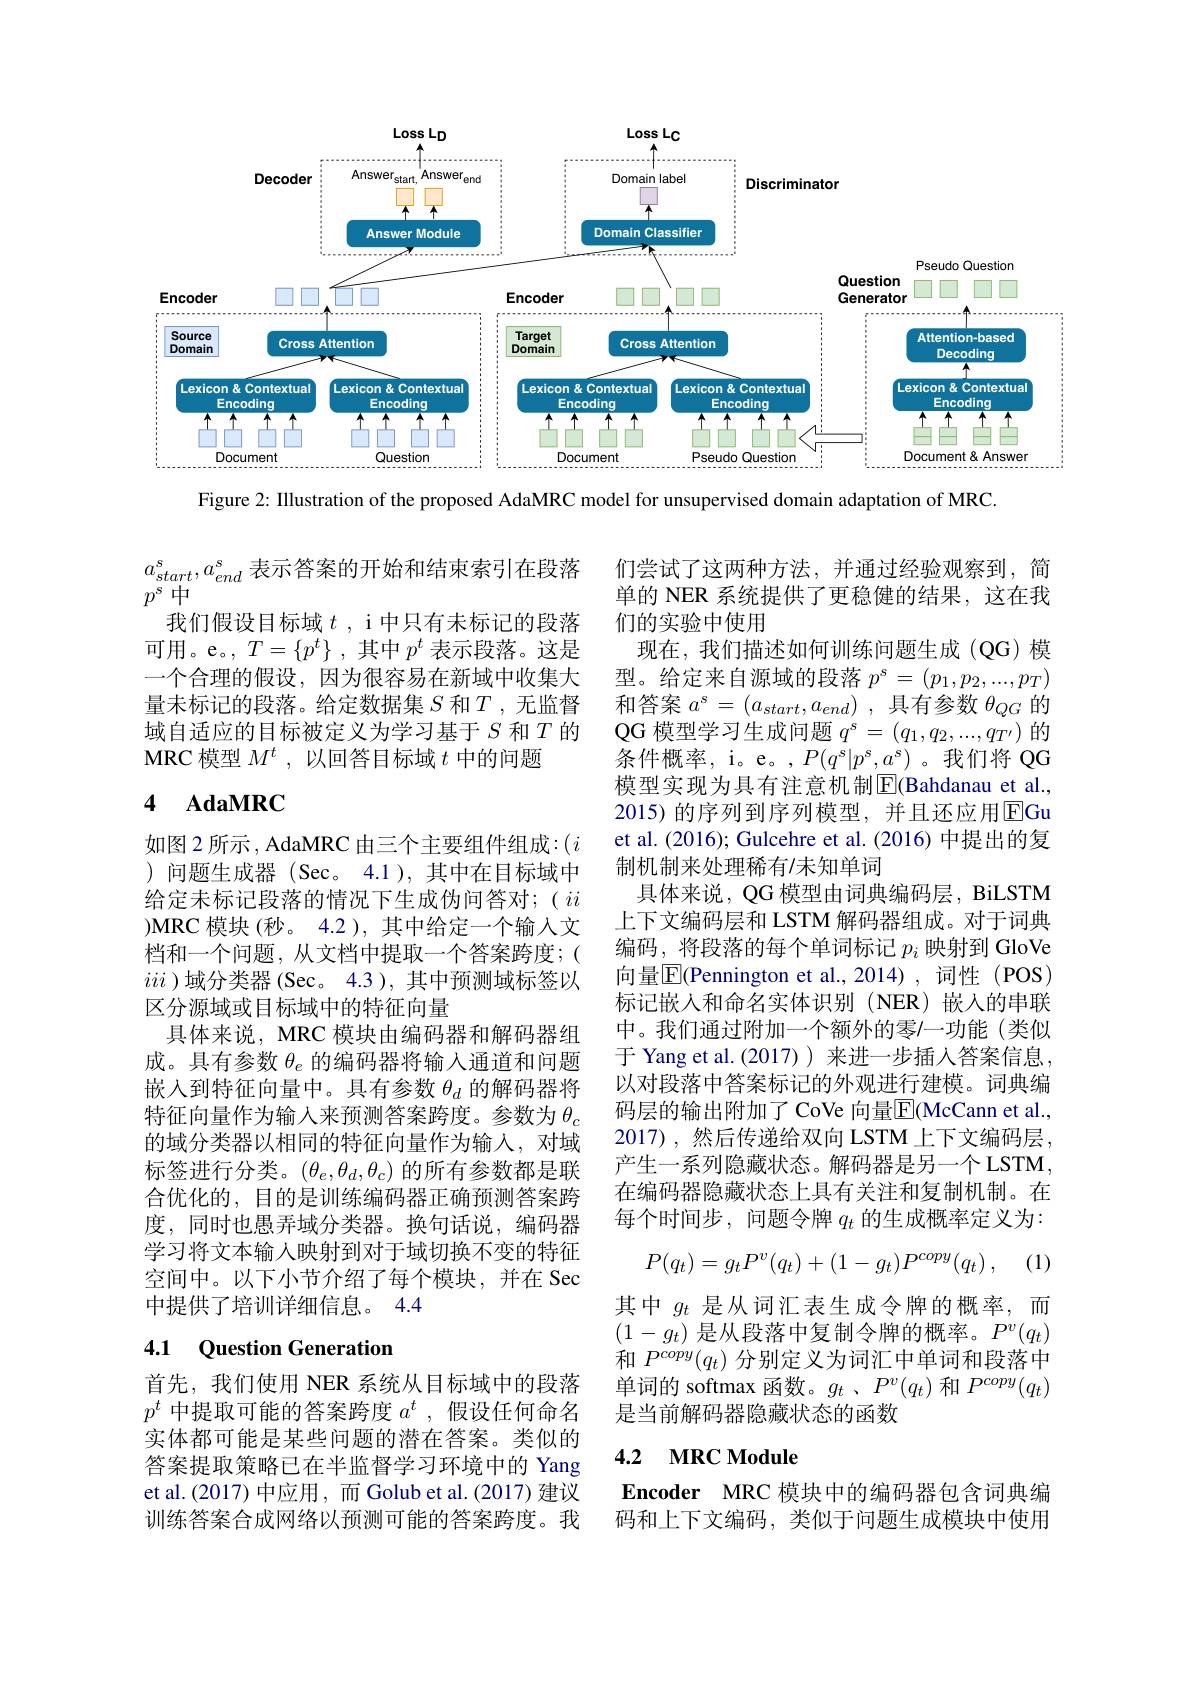
<FigureHere>

Figure 2: Illustration of the proposed AdaMRC model for unsupervised domain adaptation of MRC

$a_{start}^s,a_{end}^s$表示答案的开始和结束索引在段落
$p^s中$
我们假设目标域$t$ , i 中只有未标记的段落可用。e。$,T=\{p^t\}$ ,其中$p^t$表示段落。这是一个合理的假设，因为很容易在新域中收集大量未标记的段落。给定数据集$S$和$T$,无监督域自适应的目标被定义为学习基于$S$ 和$T$ 的MRC 模型$M^t$,以回答目标域$t$中的问题

## 4 $\mathbf{AdaMRC}$

们尝试了这两种方法，并通过经验观察到，简单的 NER 系统提供了更稳健的结果，这在我们的实验中使用
现在，我们描述如何训练问题生成(QG)模型。给定来自源域的段落$p^s=(p_1,p_2,...,p_T)$ 和答案$a^s= ( a_{start}, a_{end})$ ,具有参数$\theta_QG$的$QG$模型学习生成问题$q^s=(q_1,q_2,...,q_{T^{\prime}})$的条件概率，i。e。,$P(q^s|p^s,a^s)$。我们将 QG 模型实现为具有注意机制$\overline{\mathbb{E}}$(Bahdanau et al., 2015) 的序列到序列模型，并且还应用$\overline{\mathrm{EGu}}$ et al. (2016); Gulcehre et al. (2016) 中提出的复制机制来处理稀有/未知单词
具体来说，QG 模型由词典编码层，BiLSTM 上下文编码层和 LSTM 解码器组成。对于词典编码，将段落的每个单词标记$p_i$映射到 GloVe 标记嵌入和命名实体识别(NER)嵌入的串联中。我们通过附加一个额外的零$\prime$一功能(类似于 Yang et al.(2017))来进一步插人答案信息， 以对段落中答案标记的外观进行建模。词典编码层的输出附加了 CoVe 向量$\overline{\mathrm{E}}($McCann et al., 2017),然后传递给双向 LSTM 上下文编码层， 产生一系列隐藏状态。解码器是另一个 LSTM , 在编码器隐藏状态上具有关注和复制机制。在每个时间步，问题令牌$q_t$的生成概率定义为：
$$P(q_t)=g_tP^v(q_t)+(1-g_t)P^{copy}(q_t)\:,$$
如图 2 所示 , AdaMRC 由三个主要组件组成：$(i$ )问题生成器(Sec。4.1),其中在目标域中给定未标记段落的情况下生成伪问答对；( $ii$ )MRC 模块(秒。4.2),其中给定一个输入文档和一个问题，从文档中提取一个答案跨度；( iii )域分类器(Sec。4.3 ), 其中预测域标签以区分源域或目标域中的特征向量
具体来说，MRC 模块由编码器和解码器组成。具有参数$\theta_e$的编码器将输入通道和问题嵌入到特征向量中。具有参数$\theta_d$的解码器将特征向量作为输入来预测答案跨度。参数为$\theta_c$ 的域分类器以相同的特征向量作为输入，对域标签进行分类。$(\theta_e,\theta_d,\theta_c)$的所有参数都是联合优化的，目的是训练编码器正确预测答案跨度，同时也愚弄域分类器。换句话说，编码器学习将文本输入映射到对于域切换不变的特征空间中。以下小节介绍了每个模块，并在 Sec 中提供了培训详细信息。4.4

# 4.1 Question Generation

其中$g_t$是从词汇表生成令牌的概率，而$(1-g_t)$是从段落中复制令牌的概率。$P^v(q_t)$ 和$P^{copy}(q_t)$分别定义为词汇中单词和段落中单词的 softmax 函数。$g_t$ 、$P^v(q_t)$和$P^copy(q_t)$ 是当前解码器隐藏状态的函数

首先，我们使用 NER 系统从目标域中的段落$p^t$中提取可能的答案跨度$a^t$,假设任何命名实体都可能是某些问题的潜在答案。类似的答案提取策略已在半监督学习环境中的 Yang et al.(2017) 中应用，而 Golub et al.(2017) 建议训练答案合成网络以预测可能的答案跨度。我

## 4.2 MRC Module

Encoder MRC 模块中的编码器包含词典编码和上下文编码，类似于问题生成模块中使用